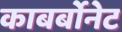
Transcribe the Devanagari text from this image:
काबर्बोनेट